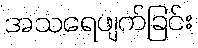
အသရေဖျက်ခြင်း